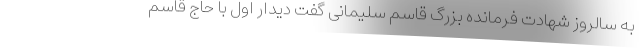
به سالروز شهادت فرمانده بزرگ قاسم سلیمانی گفت دیدار اول با حاج قاسم